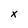
Character: x